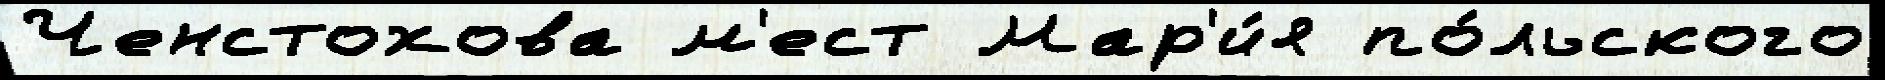
Ченстохова м'ест Мар'и́я по́льского